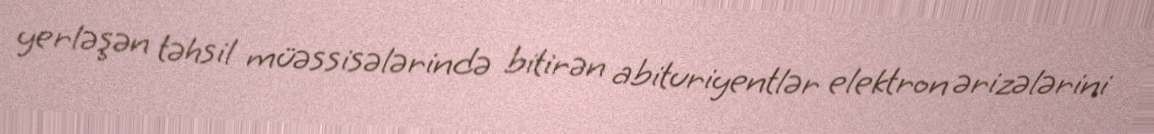
yerləşən təhsil müəssisələrində bitirən abituriyentlər elektron ərizələrini